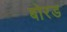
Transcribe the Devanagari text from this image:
बोरड